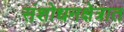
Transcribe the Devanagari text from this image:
संशोधनक्षेत्रात